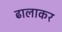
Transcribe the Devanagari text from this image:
ढालाकर